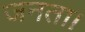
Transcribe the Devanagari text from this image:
जनता।